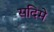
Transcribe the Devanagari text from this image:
सदिमे